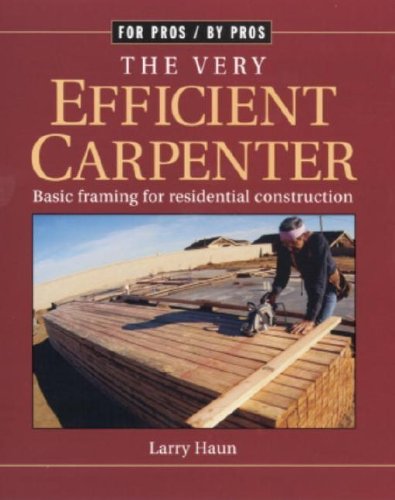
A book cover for The Very Efficient Carpenter: Basic Framing for Residential Construction (For Pros / By Pros); Larry Haun; Engineering & Transportation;